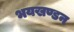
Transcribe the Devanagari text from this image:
भयखण्डन